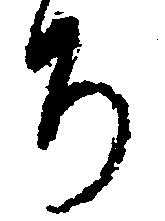
ち